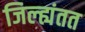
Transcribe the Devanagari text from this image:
जिल्ह्यंतत